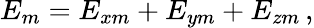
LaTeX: E_{m}=E_{xm}+E_{ym}+E_{zm}\, ,